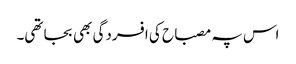
اس پہ مصباح کی افسردگی بھی بجا تھی۔